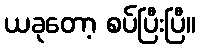
ယခုတော့ စပ်ပြီးပြီ။